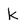
Character: k